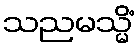
သညမသ္မိံ